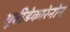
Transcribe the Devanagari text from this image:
यूबीडेकारेनोन